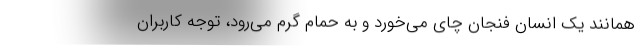
همانند یک انسان فنجان چای می‌خورد و به حمام گرم می‌رود، توجه کاربران